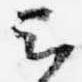
云